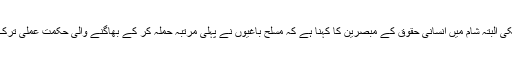
آزاد زرائع سے اس دعوے کی تصدیق نہیں ہو سکی البتہ شام میں انسانی حقوق کے مبصرین کا کہنا ہے کہ مسلح باغیوں نے پہلی مرتبہ حملہ کر کے بھاگنے والی حکمتِ عملی ترک کر کے سرکاری فوج کی جانب پیش قدمی کی۔